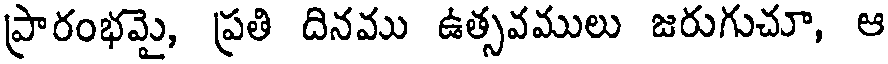
ప్రారంభమై, ప్రతి దినము ఉత్సవములు జరుగుచూ, ఆ